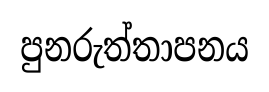
පුනරුත්තාපනය